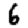
Digit: 6